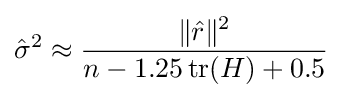
{\hat {\sigma }}^{2}\approx {\frac {\|{\hat {r}}\|^{2}}{n-1.25\operatorname {tr} (H)+0.5}}